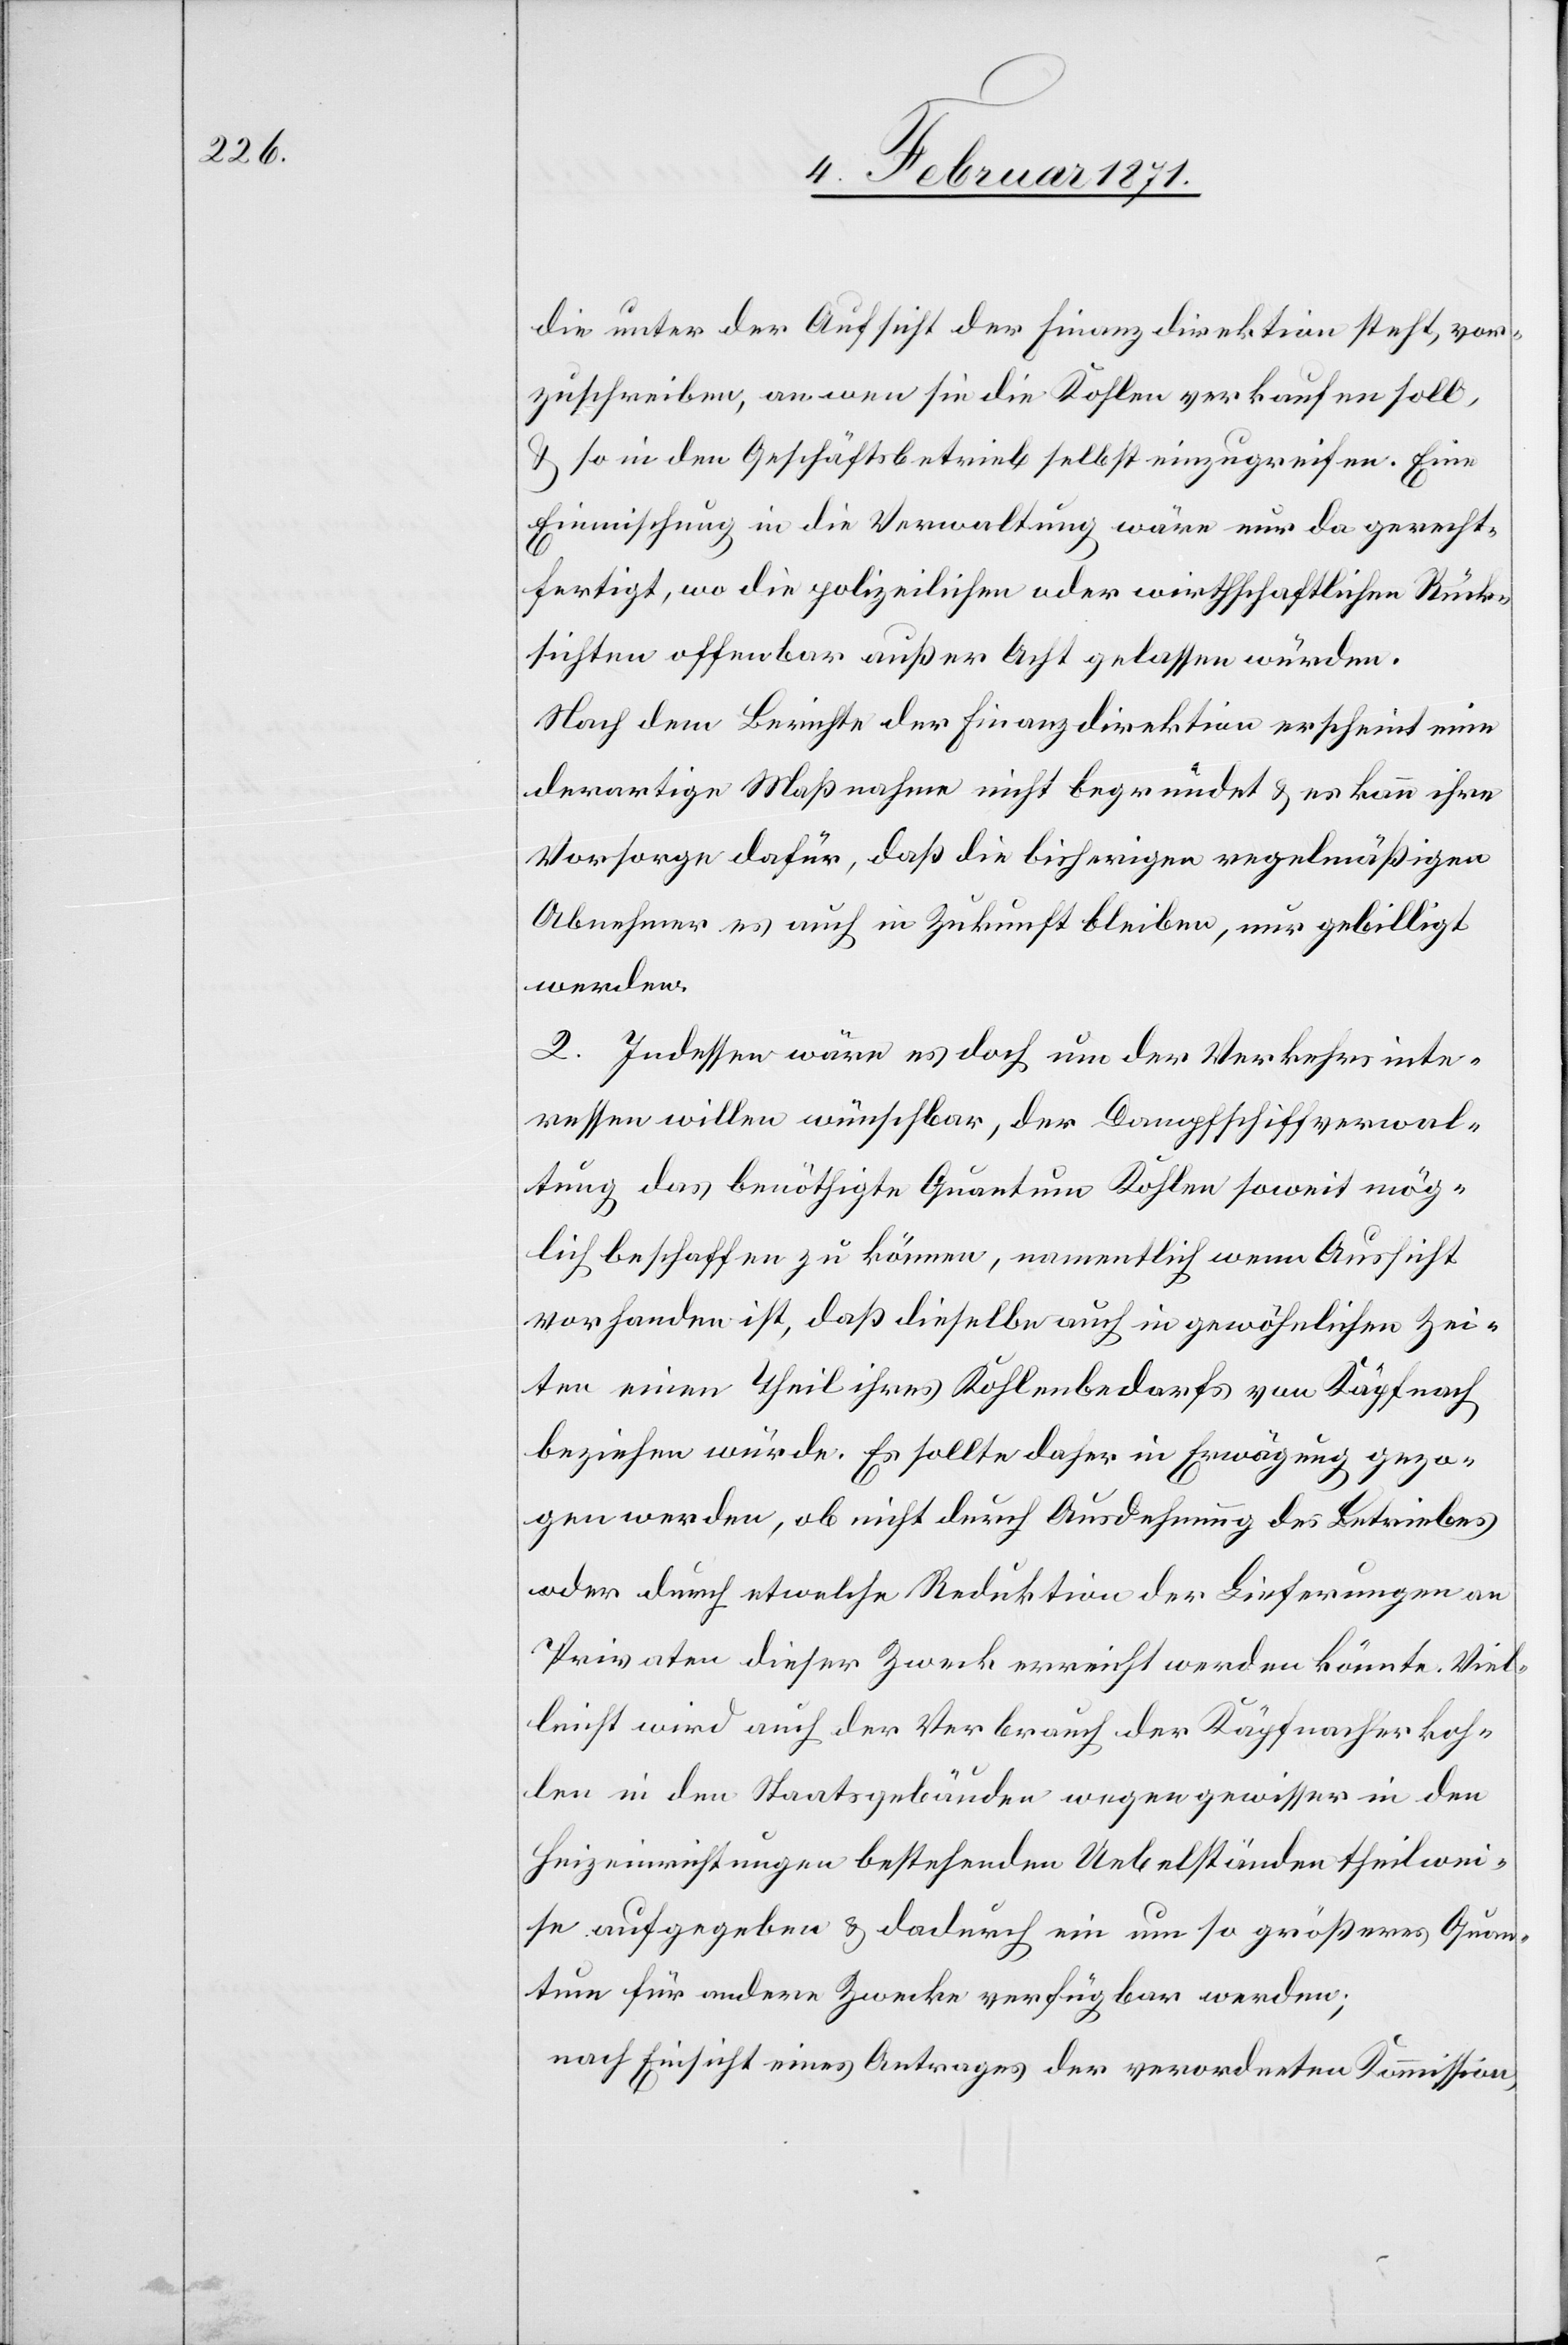
die unter der Aufsicht der Finanzdirektion steht, vor¬
zuschreiben, an wen sie die Kohlen verkaufen soll,
u. so in den Geschäftsbetrieb selbst einzugreifen. Eine
Einmischung in die Verwaltung wäre nur da gerecht¬
fertigt, wo die polizeilichen oder wirthschaftlichen Rück¬
sichten offenbar außer Acht gelassen würden.
Nach dem Berichte der Finanzdirektion erscheint eine
derartige Maßnahme nicht begründet u. es kann ihre
Vorsorge dafür, daß die bisherigen regelmäßigen
Abnehmer es auch in Zukunft bleiben, nur gebilligt
werden.
2. Indessen wäre es doch um der Verkehrsinte¬
ressen willen wünschbar, der Dampfschiffverwal¬
tung das benöthigte Quantum Kohlen soweit mög¬
lich beschaffen zu können, namentlich wenn Aussicht
vorhanden ist, daß dieselbe auch in gewöhnlichen Zei¬
ten einen Theil ihres Kohlenbedarfs von Käpfnach
beziehen würde. Es sollte daher in Erwägung gezo¬
gen werden, ob nicht durch Ausdehnung des Betriebes
oder durch etwelche Reduktion der Lieferungen an
Privaten dieser Zweck erreicht werden könnte. Viel¬
leicht wird auch der Verbrauch der Käpfnacherkoh¬
len in den Staatsgebäuden wegen gewisser in den
Heizeinrichtungen bestehenden Uebelständen theilwei¬
se aufgegeben u. dadurch ein um so größeres Quan¬
tum für andere Zwecke verfügbar werden;
nach Einsicht eines Antrages der verordneten Kommission,